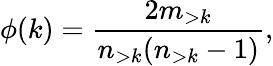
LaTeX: \phi(k)=\frac{2m_{>k}}{n_{>k}(n_{>k}-1)},